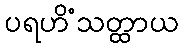
ပရဟိံသတ္ထာယ